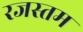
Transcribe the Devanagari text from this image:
रजस्तम